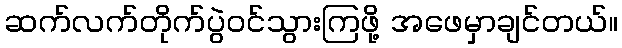
ဆက်လက်တိုက်ပွဲဝင်သွားကြဖို့ အဖေမှာချင်တယ်။